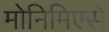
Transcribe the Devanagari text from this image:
मोनिमिएसे